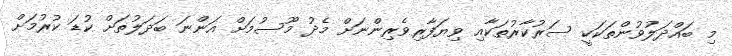
މި ބައްދަލުވުންތަކަކީ ސަރުކާރުތަކާއި ވިޔަފާރިވެރިންނަށް މެދު މޫސުމަށް އަންނަ ބަދަލުތަށް ކުޑަ ކުރުމަށް